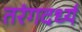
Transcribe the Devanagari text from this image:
तरंगदर्ध्य